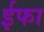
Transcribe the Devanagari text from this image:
ईफा